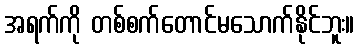
အရက်ကို တစ်စက်တောင်မသောက်နိုင်ဘူး။